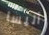
أليسا